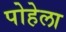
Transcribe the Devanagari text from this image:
पोहेला